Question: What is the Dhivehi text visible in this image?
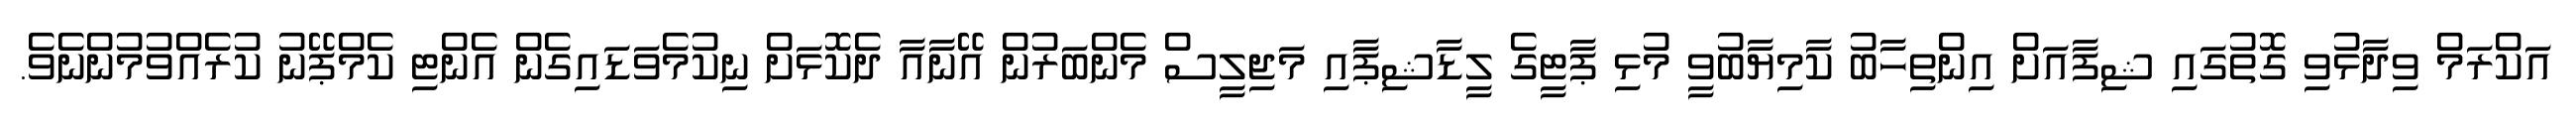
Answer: އަކްރަމް ވިދާޅުވި ގޮތުގައި ޝިފާއަށް އިންތިހާބު ކާމިޔާބުވީ މުޅި ޕާޓީގެ ލީޑާޝިޕާއި މަޖިލީސް މެންބަރުން އޭނާއާ ދެކޮޅަށް ނިކުމެވަޑައިގެން އެންޓި ކެމްޕޭނު ކުރެއްވުމުންނެވެ.